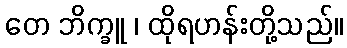
တေ ဘိက္ခူ ၊ ထိုရဟန်းတို့သည်။